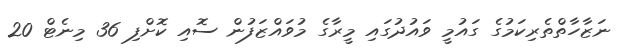
ނަޒާހާތްތެރިކަމުގެ ގައުމީ ވައުދުގައި މީރާގެ މުވައްޒަފުން ސޮއި ކޮށްފި 36 މިނެޓް 20